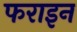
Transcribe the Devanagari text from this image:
फराइन